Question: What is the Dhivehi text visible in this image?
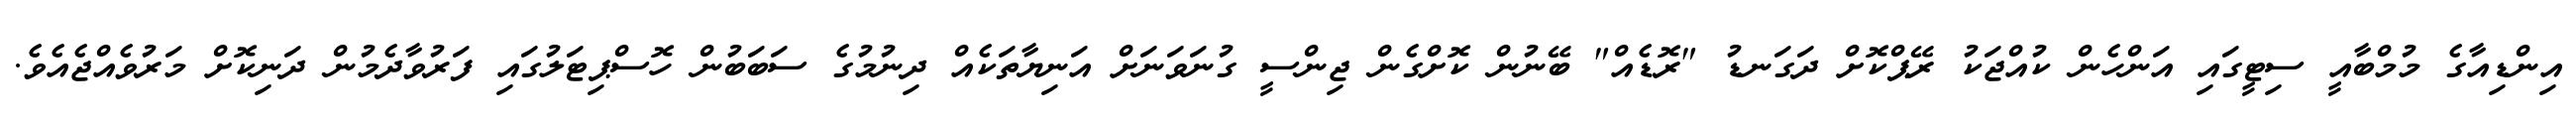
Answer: އިންޑިއާގެ މުމްބާއީ ސިޓީގައި އަންހެން ކުއްޖަކު ރޭޕްކޮށް ދަގަނޑު "ރޮޑެއް" ބޭނުން ކޮށްގެން ޖިންސީ ގުނަވަނަށް އަނިޔާތަކެއް ދިނުމުގެ ސަބަބުން ހޮސްޕިޓަލުގައި ފަރުވާދެމުން ދަނިކޮށް މަރުވެއްޖެއެވެ.